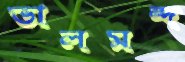
ভালমন্দ